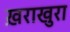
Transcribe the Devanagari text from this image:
ख़राखुरा